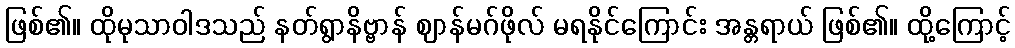
ဖြစ်၏။ ထိုမုသာဝါဒသည် နတ်ရွာနိဗ္ဗာန် ဈာန်မဂ်ဖိုလ် မရနိုင်ကြောင်း အန္တရာယ် ဖြစ်၏။ ထို့ကြောင့်